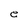
Character: e